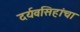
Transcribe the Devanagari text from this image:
दर्यवसिहांचा